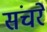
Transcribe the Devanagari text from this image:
संचरे